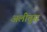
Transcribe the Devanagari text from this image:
अलीतुस